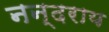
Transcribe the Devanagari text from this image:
नन्दराय